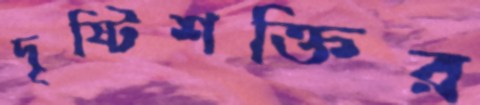
দৃষ্টিশক্তির